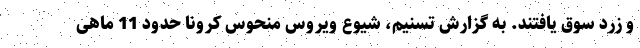
و زرد سوق یافتند. به گزارش تسنیم، شیوع ویروس منحوس کرونا حدود 11 ماهی